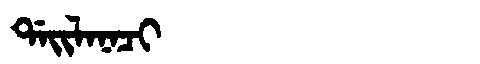
Manchu: ᡩᠠᡳᠯᠠᠨᠠᠴᡳ
Romanization: DAILANACI